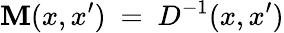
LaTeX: \mathbf{M}(x,x^{\prime})\ =\ D^{-1}(x,x^{\prime})